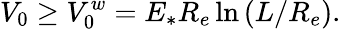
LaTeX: V_{0}\geq V_{0}^{w}=E_{\ast}R_{e}\ln\left(L/R_{e}\right).